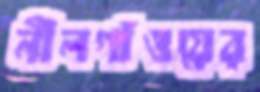
নীলগাঁওয়ের